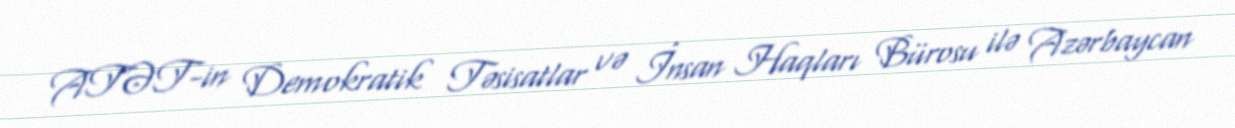
ATƏT-in Demokratik Təsisatlar və İnsan Haqları Bürosu ilə Azərbaycan